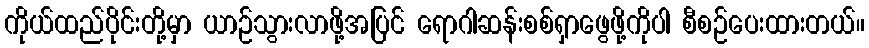
ကိုယ်ထည်ပိုင်းတို့မှာ ယာဉ်သွားလာဖို့အပြင် ရောဂါဆန်းစစ်ရှာဖွေဖို့ကိုပါ စီစဉ်ပေးထားတယ်။